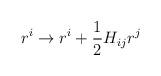
LaTeX: \begin{align*}r^i \rightarrow r^i + {1 \over 2} H_{ij} r^j\end{align*}